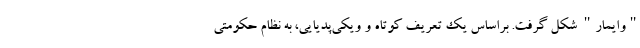
"وایمار" شکل گرفت. براساس یک تعریف کوتاه و ویکی‌پدیایی، به نظام حکومتی